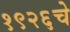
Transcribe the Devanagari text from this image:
१९२६चे